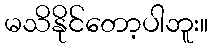
မသိနိုင်တော့ပါဘူး။